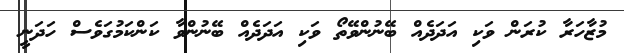
މުޒާހަރާ ކުރަން ވަކި އަދަދެއް ބޭނުންވޭތޯ ވަކި އަދަދެއް ބޭނުންވާ ކަންކަމުގަވެސް ހަދަނީ